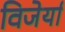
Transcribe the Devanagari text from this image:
विजेर्या